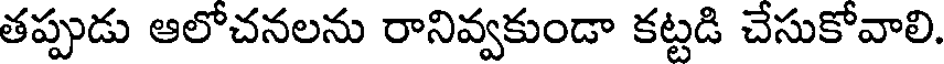
తప్పుడు ఆలోచనలను రానివ్వకుండా కట్టడి చేసుకోవాలి.